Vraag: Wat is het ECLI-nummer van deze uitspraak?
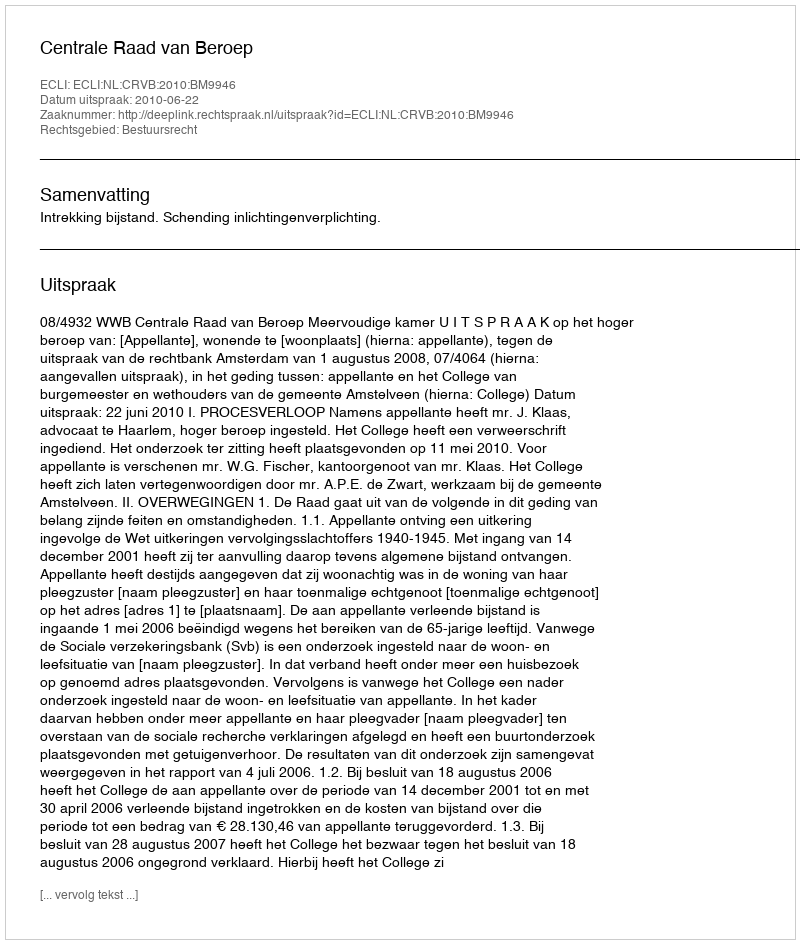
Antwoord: ECLI:NL:CRVB:2010:BM9946